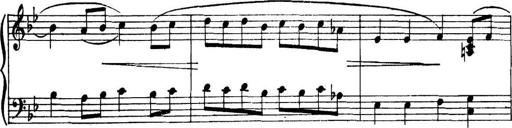
Title: Piano Sonatina in G minor
Composer: John Blackwood McEwen
Key: G minor